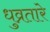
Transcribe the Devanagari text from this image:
धुव्रतारे